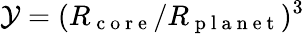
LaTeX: \mathcal Y=(R_{\mathrm{~c~o~r~e~}}/R_{\mathrm{~p~l~a~n~e~t~}})^{3}